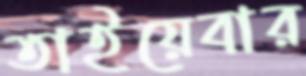
তাইয়েবার